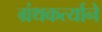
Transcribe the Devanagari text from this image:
ग्रंथकर्त्याने